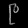
Digit: ၉